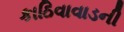
કાઠિવાવાડની